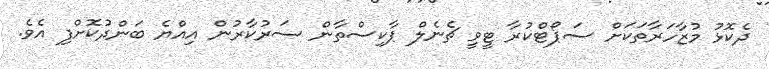
ދެކޮޅު މުޒާހަރާތަކަށް ސަޕޯޓްކުރާ ޓީވީ ޗެނެލް ޕާކިސްތާން ސަރުކާރުން އިއްޔެ ބަންދުކޮށްފި އެވެ.